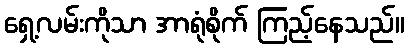
ရှေ့လမ်းကိုသာ အာရုံစိုက် ကြည့်နေသည်။